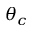
\theta _ { c }